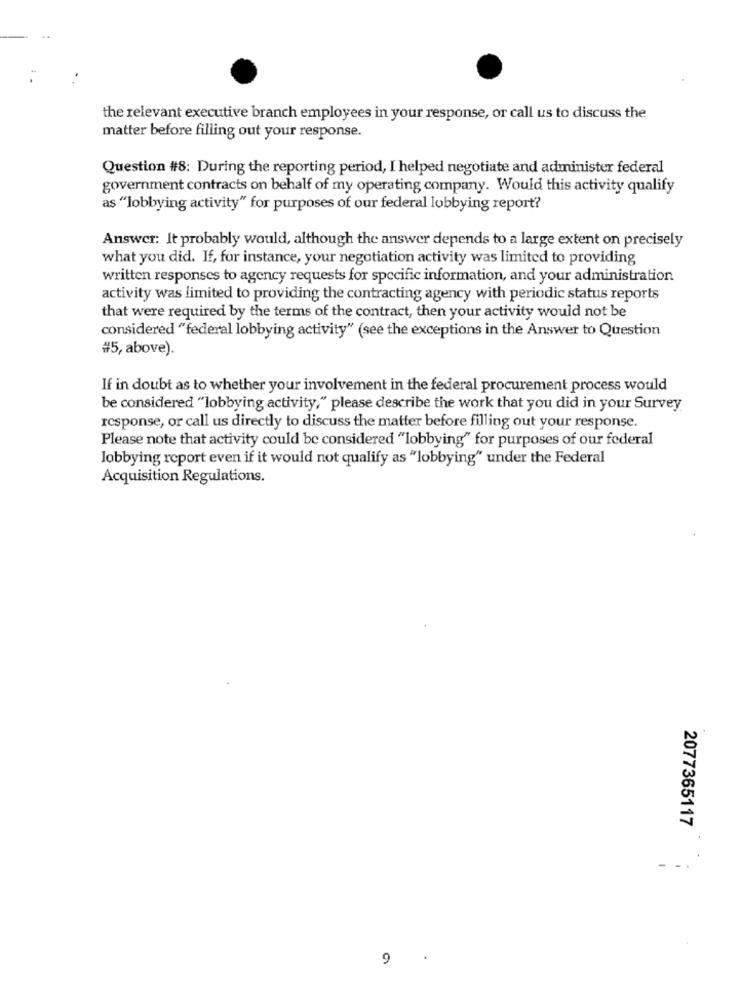
the relevant executive branch employees in your response, or call us to discuss the
matter before filling out your response.
Question #8: During the reporting period, I helped negotiate and administer federal
government contracts on behalf of my operating company. Would this activity qualify
as "lobbying activity" for purposes of our federal lobbying report?
Answer: It probably would, although the answer depends to a large extent on precisely
what you did. If, for instance, your negotiation activity was limited to providing
written responses to agency requests for specific information, and your administration
activity was limited to providing the contracting agency with periodic status reports
that were required by the terms of the contract, then your activity would not be
considered "federal lobbying activity" (see the exceptions in the Answer to Question
#5, above).
If in doubt as to whether your involvement in the federal procurement process would
be considered "lobbying activity," please describe the work that you did in your Survey
response, or call us directly to discuss the matter before filling out your response.
Please note that activity could be considered "lobbying" for purposes of our federal
lobbying report even if it would not qualify as "lobbying" under the Federal
Acquisition Regulations.
2077365117
- -
9